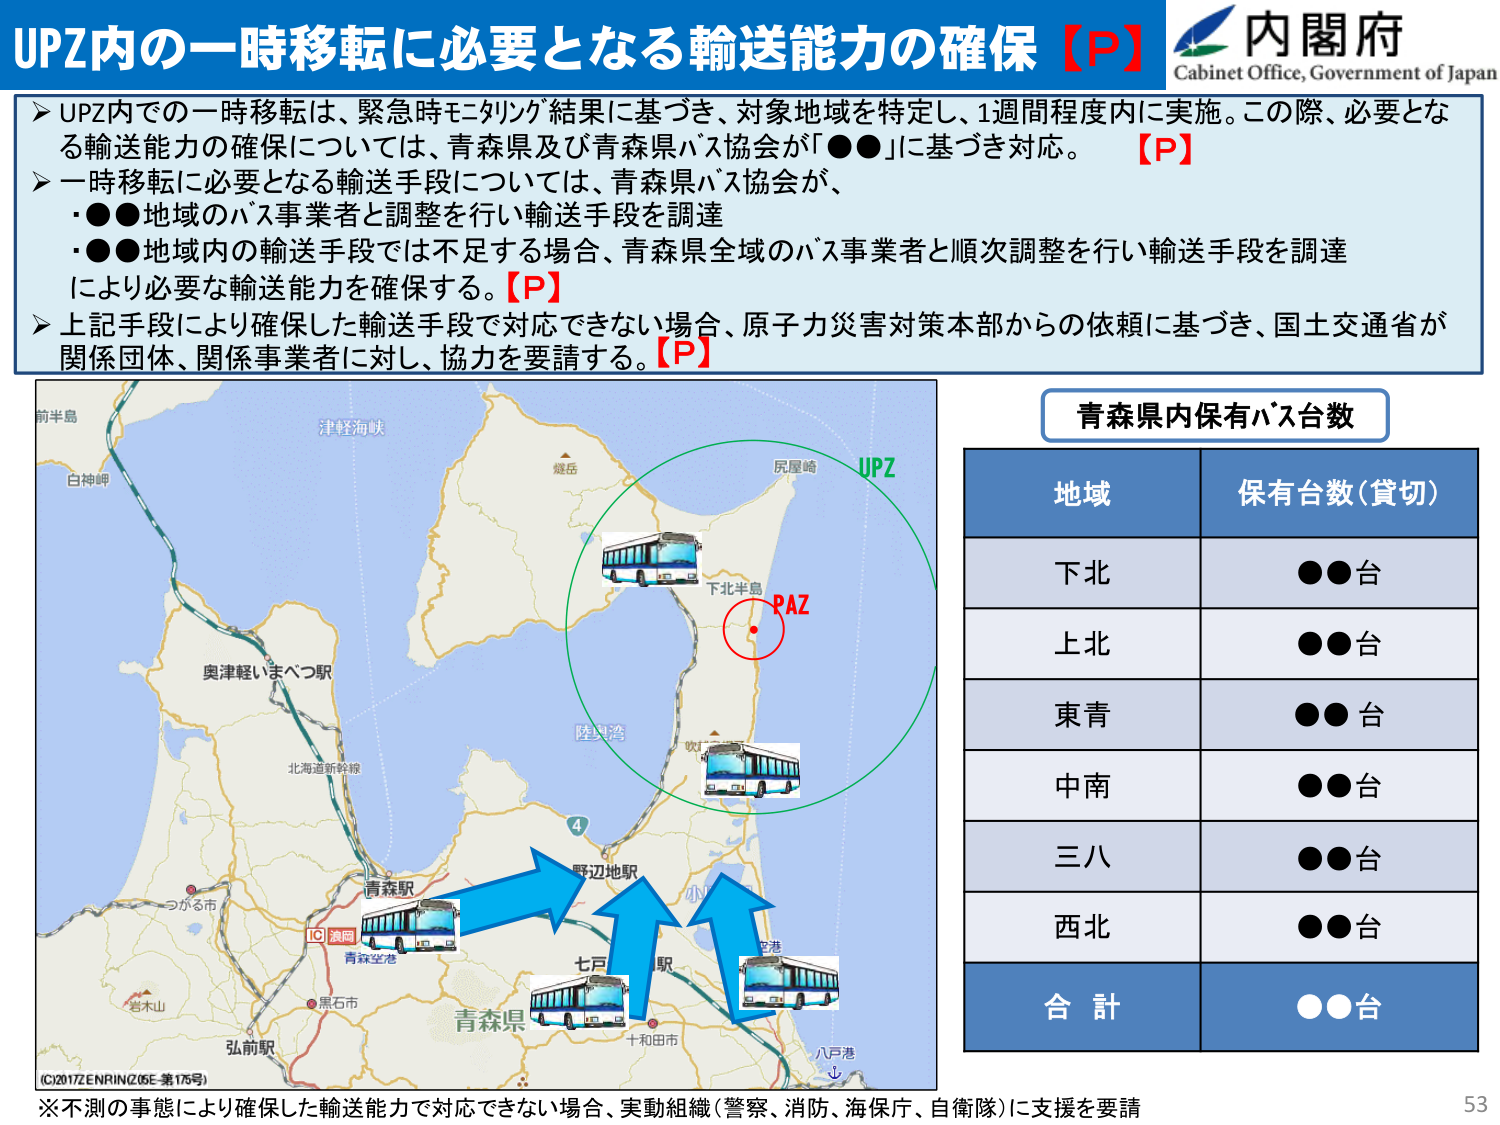
UPZ内の一時移転に必要となる輸送能力の確保【P】
内閣府
Cabinet Office, Government of Japan
➤ UPZ内での一時移転は、緊急時モニタリング結果に基づき、対象地域を特定し、1週間程度内に実施。この際、必要となる輸送能力の確保については、青森県及び青森県バス協会が「●●」に基づき対応。【P】
➤ 一時移転に必要となる輸送手段については、青森県バス協会が、
・●●地域のバス事業者と調整を行い輸送手段を調達
・●●地域内の輸送手段では不足する場合、青森県全域のバス事業者と順次調整を行い輸送手段を調達
により必要な輸送能力を確保する。【P】
➤ 上記手段により確保した輸送手段で対応できない場合、原子力災害対策本部からの依頼に基づき、国土交通省が関係団体、関係事業者に対し、協力を要請する。【P】
前半島
白神岬
津軽海峡
奥津軽いまべつ駅
北海道新幹線
碇岳
尻屋崎
UPZ
下北半島
PAZ
陸奥湾
野辺地駅
青森駅
青森空港
つがる市
黒石市
岩木山
弘前駅
七戸駅
十和田市
八戸港
小川
青森県
4
青森県内保有バス台数
地域
保有台数（貸切）
下北
●●台
上北
●●台
東青
●●台
中南
●●台
三八
●●台
西北
●●台
合計
●●台
IG 演習
(C)2017 ZENRIN (6E-第176号)
※不測の事態により確保した輸送能力で対応できない場合、実動組織（警察、消防、海保庁、自衛隊）に支援を要請
53